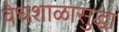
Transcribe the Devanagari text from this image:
वेधशाळासुद्धा